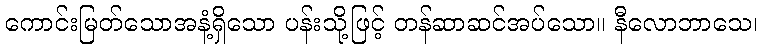
ကောင်းမြတ်သောအနံ့ရှိသော ပန်းသို့ဖြင့် တန်ဆာဆင်အပ်သော။ နီလောဘာသေ၊